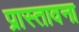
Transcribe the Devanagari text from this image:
प्रास्तावना